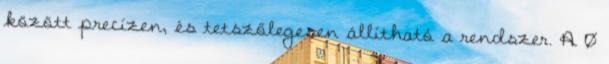
között precízen, és tetszőlegesen állítható a rendszer. A 0